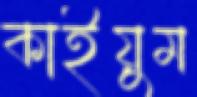
কাইয়ুম